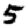
Digit: 5